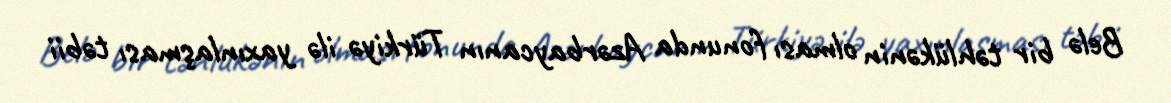
Belə bir təhlükənin olması fonunda Azərbaycanın Türkiyə ilə yaxınlaşması təbii